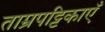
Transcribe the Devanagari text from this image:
ताम्रपट्टिकाएँ